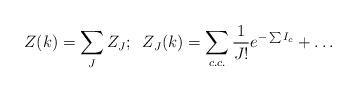
LaTeX: \begin{align*}Z(k)=\sum_JZ_J;\;\;Z_J(k)= \sum_{c.c.}\frac{1}{J!}e^{-\sum I_c}+\dots\end{align*}